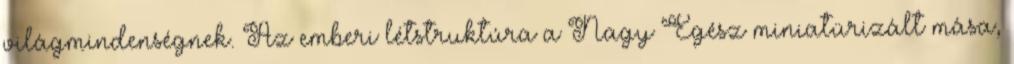
világmindenségnek. Az emberi létstruktúra a Nagy Egész miniatürizált mása,